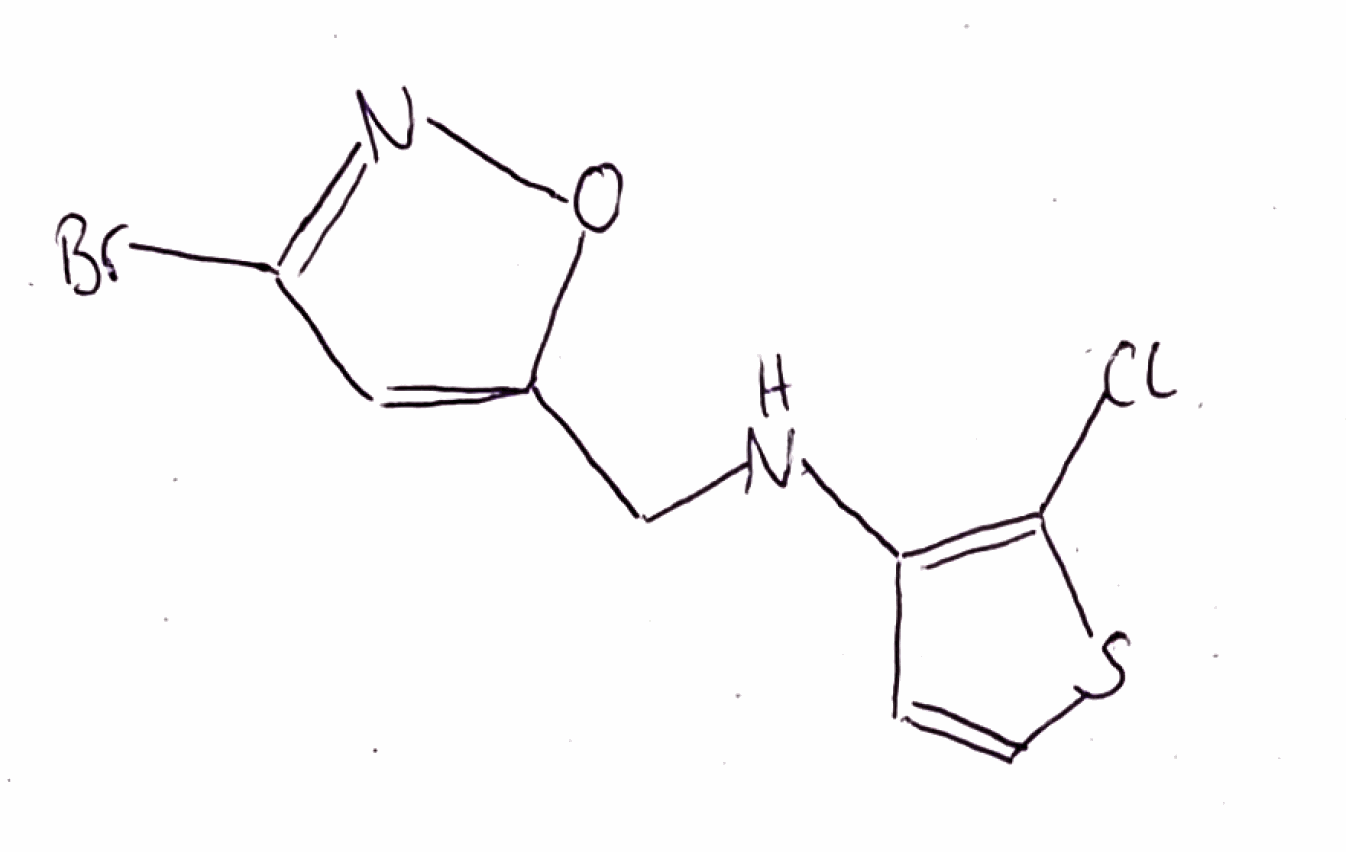
Simplified molecular-input line-entry system (SMILES) notation of the given molecule:
C1=CSC(=C1NCC2=CC(=NO2)Br)Cl